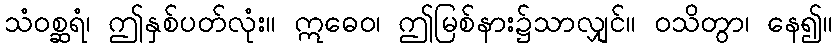
သံဝစ္ဆရံ၊ ဤနှစ်ပတ်လုံး။ ဣဓေဝ၊ ဤမြစ်နား၌သာလျှင်။ ဝသိတွာ၊ နေ၍။